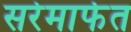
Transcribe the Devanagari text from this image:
सरेमार्फत